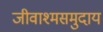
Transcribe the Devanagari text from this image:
जीवाश्मसमुदाय